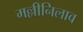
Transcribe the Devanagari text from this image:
मल्लीनिलाव